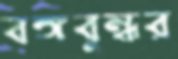
বঙ্গবুন্ধর